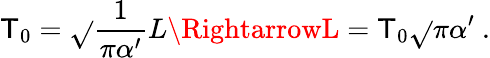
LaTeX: \mathsf{T}_{0}=\sqrt{}{{\frac{{1}}{{\pi\alpha^{\prime}}}}}L\RightarrowL=\mathsf{T}_{0}\sqrt{}{{\pi\alpha^{\prime}}}\ .